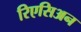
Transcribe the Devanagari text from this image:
रिएसिअन